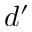
d ^ { \prime }